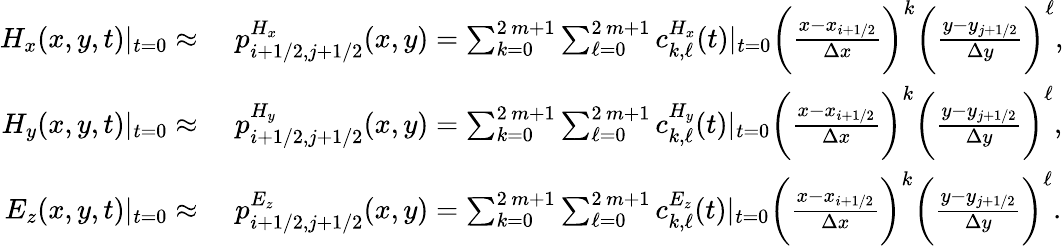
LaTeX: \begin{array}{rl}{H_{x}(x,y,t)|_{t=0}\approx}&{\, \, p_{i+1/2,j+1/2}^{H_{x}}(x,y)=\sum_{k=0}^{2\, m+1}\sum_{\ell=0}^{2\, m+1}c_{k,\ell}^{H_{x}}(t)|_{t=0}\bigg(\frac{x-x_{i+1/2}}{\Delta x}\bigg)^{k}\bigg(\frac{y-y_{j+1/2}}{\Delta y}\bigg)^{\ell},}\\ {H_{y}(x,y,t)|_{t=0}\approx}&{\, \, p_{i+1/2,j+1/2}^{H_{y}}(x,y)=\sum_{k=0}^{2\, m+1}\sum_{\ell=0}^{2\, m+1}c_{k,\ell}^{H_{y}}(t)|_{t=0}\bigg(\frac{x-x_{i+1/2}}{\Delta x}\bigg)^{k}\bigg(\frac{y-y_{j+1/2}}{\Delta y}\bigg)^{\ell},}\\ {E_{z}(x,y,t)|_{t=0}\approx}&{\, \, p_{i+1/2,j+1/2}^{E_{z}}(x,y)=\sum_{k=0}^{2\, m+1}\sum_{\ell=0}^{2\, m+1}c_{k,\ell}^{E_{z}}(t)|_{t=0}\bigg(\frac{x-x_{i+1/2}}{\Delta x}\bigg)^{k}\bigg(\frac{y-y_{j+1/2}}{\Delta y}\bigg)^{\ell}.}\end{array}